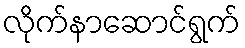
လိုက်နာဆောင်ရွက်